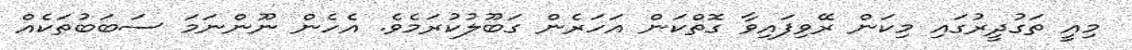
މިއީ ތަގުދީރުގައި މިކަން ރޭވިފައިވާ ގޮތްކަން އަހަރެން ގަބޫލުކުރަމެވެ. އެހެން ނޫންނަމަ ސަބަބުތަކެއް